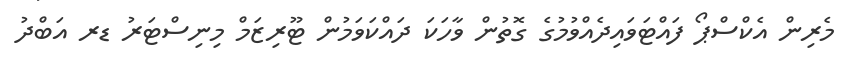
މެރިން އެކްސްޕޯ ފައްޓަވައިދެއްވުމުގެ ގޮތުން ވާހަކަ ދައްކަވަމުން ޓޫރިޒަމް މިނިސްޓަރު ޑރ އަބްދު